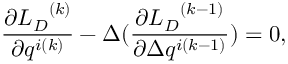
\frac { \partial { { L } _ { D } } ^ { ( k ) } } { \partial q ^ { i ( k ) } } - \Delta ( \frac { \partial { { L } _ { D } } ^ { ( k - 1 ) } } { \partial \Delta q ^ { i ( k - 1 ) } } ) = 0 ,